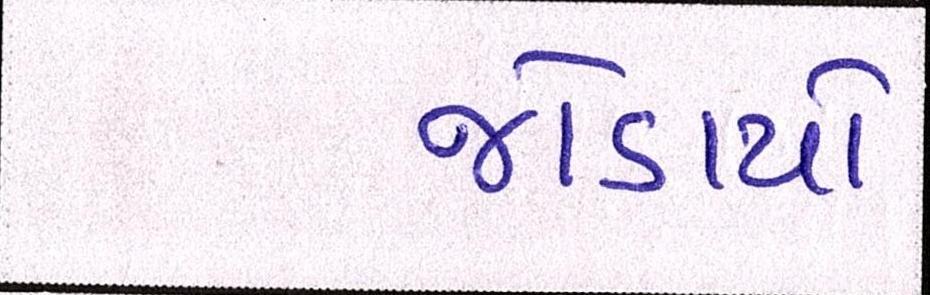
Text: જોડાયો